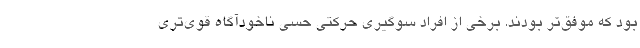
بود که موفق‌تر بودند. برخی از افراد سوگیری حرکتی حسی ناخودآگاه قوی‌تری